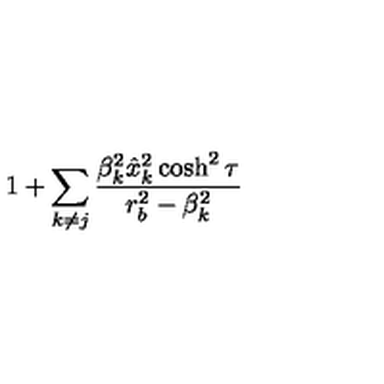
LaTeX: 1 + \sum _ { k \ne j } { \frac { \beta _ { k } ^ { 2 } \hat { x } _ { k } ^ { 2 } \cosh ^ { 2 } \tau } { r _ { b } ^ { 2 } - \beta _ { k } ^ { 2 } } }